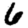
Digit: 6